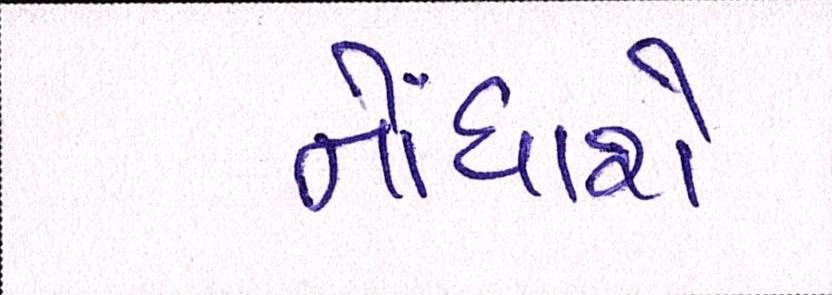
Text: નોંધાશે